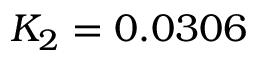
K _ { 2 } = 0 . 0 3 0 6